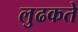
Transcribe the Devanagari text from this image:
लुढकते